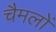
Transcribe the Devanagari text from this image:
चैमलों